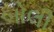
બોલી